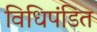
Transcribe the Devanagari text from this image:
विधिपंडित